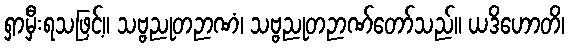
ရှာမှီးရသဖြင့်။ သဗ္ဗညုတဉာဏံ၊ သဗ္ဗညုတဉာဏ်တော်သည်။ ယဒိဟောတိ၊